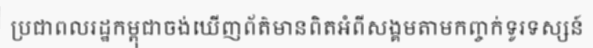
ប្រជាពលរដ្ឋកម្ពុជាចង់ឃើញព័ត៌មានពិតអំពីសង្គមតាមកញ្ចក់ទូរទស្សន៍